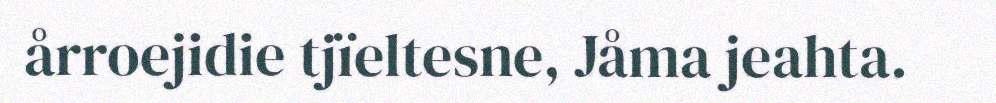
årroejidie tjïeltesne, Jåma jeahta.